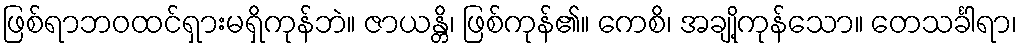
ဖြစ်ရာဘဝထင်ရှားမရှိကုန်ဘဲ။ ဇာယန္တိ၊ ဖြစ်ကုန်၏။ ကေစိ၊ အချို့ကုန်သော။ တေသင်္ခါရာ၊